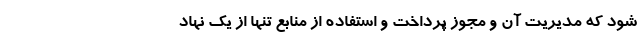
شود که مدیریت آن و مجوز پرداخت و استفاده از منابع تنها از یک نهاد